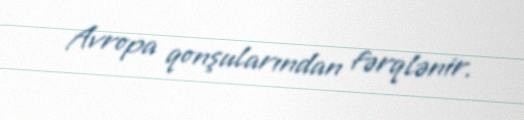
Avropa qonşularından fərqlənir.